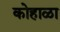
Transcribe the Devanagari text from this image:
कोहाळा